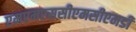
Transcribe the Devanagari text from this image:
एमएमएससीएमसीएमडी